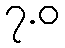
၇.ဝ